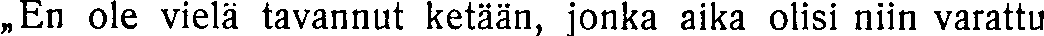
,,En ole vielä tavannut ketään, jonka aika olisi niin varattu